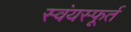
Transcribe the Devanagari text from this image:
स्वंयस्फूर्त